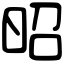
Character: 昭